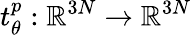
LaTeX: t_{\theta}^{p}:\mathbb{R}^{3N}\to\mathbb{R}^{3N}